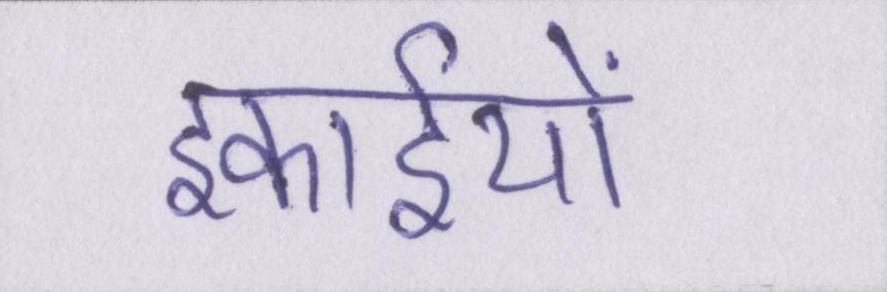
इकाईयों